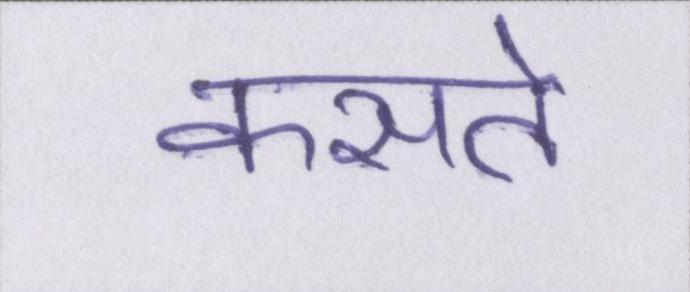
कसते